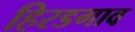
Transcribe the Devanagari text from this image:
हिरडगाव